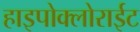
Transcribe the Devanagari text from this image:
हाइपोक्लोराईट